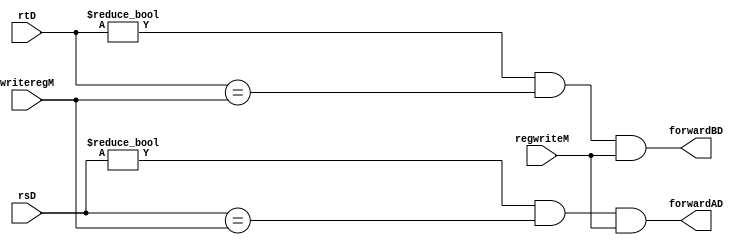
module fu_id(input regwriteM,
	input [4:0] rsD,rtD,writeregM,
	output forwardAD,forwardBD);

assign forwardAD = ( rsD!= 0)& ( rsD== writeregM)&regwriteM;
assign forwardBD = (rtD!= 0)& (rtD == writeregM)&regwriteM;

endmodule